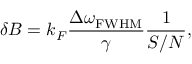
\delta B = k _ { F } \frac { \Delta \omega _ { \mathrm { { F W H M } } } } { \gamma } \frac { 1 } { S / N } ,